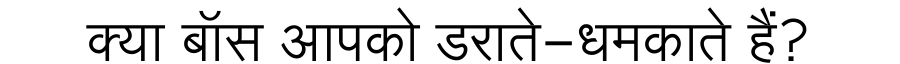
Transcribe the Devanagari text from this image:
क्या बॉस आपको डराते-धमकाते हैं?